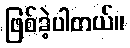
ဖြစ်ခဲ့ပါတယ်။